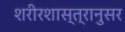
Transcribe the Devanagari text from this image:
शरीरशास्त्रानुसर